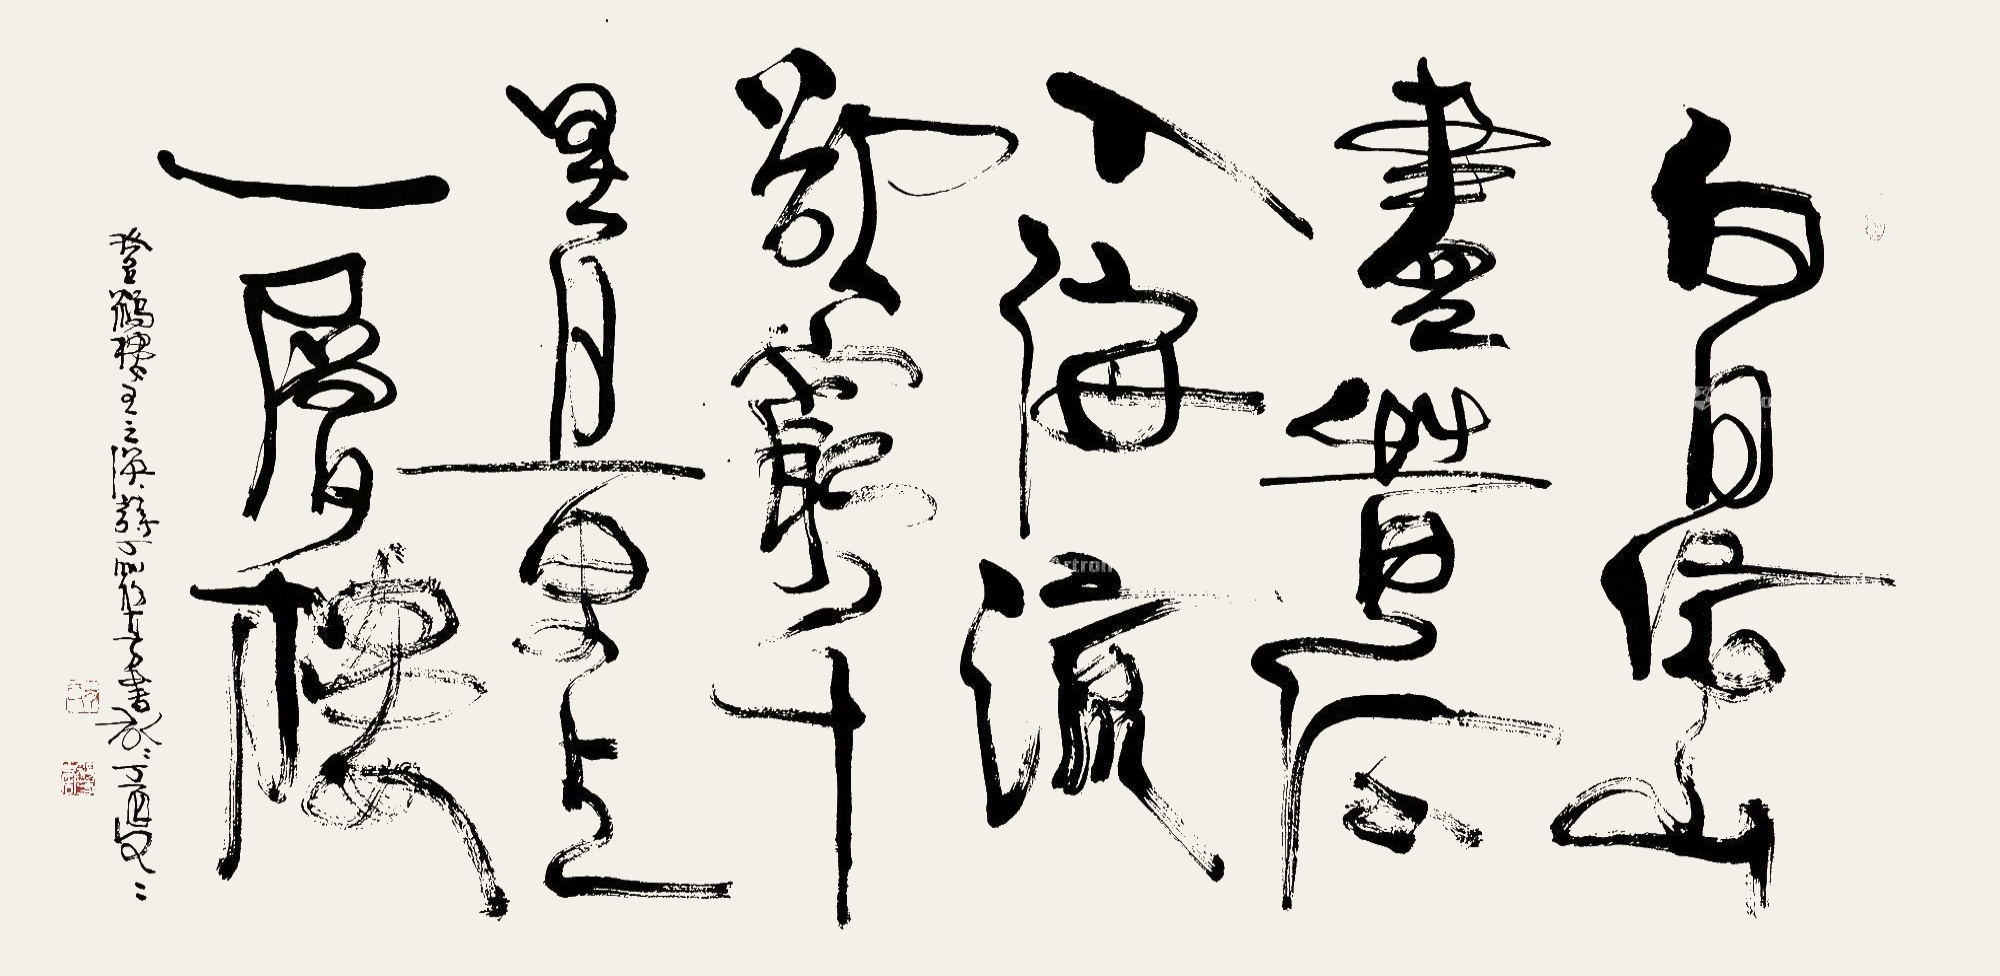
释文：白日依山尽，黄河入海流。欲穷千里目，更上一层楼。《登鹳雀楼》王之涣诗，丁筱芳书于丁酉冬。